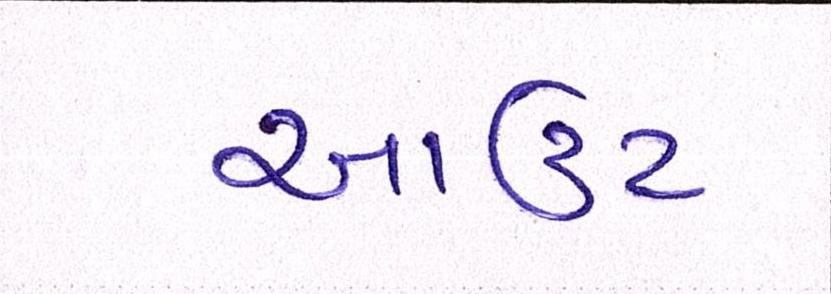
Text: આઉટ